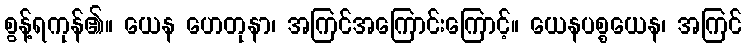
စွန့်ရကုန်၏။ ယေန ဟေတုနာ၊ အကြင်အကြောင်းကြောင့်။ ယေနပစ္စယေန၊ အကြင်